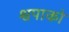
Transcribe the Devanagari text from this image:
श्वपाको